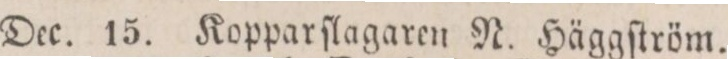
Dec.    15.    Kopparſlagaren N. Häggſtröm.